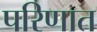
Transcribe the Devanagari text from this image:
परिणात